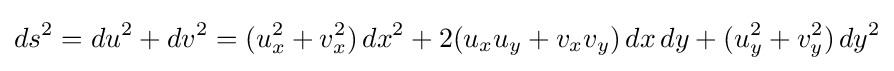
\displaystyle ds^{2}=du^{2}+dv^{2}=(u_{x}^{2}+v_{x}^{2})\,dx^{2}+2(u_{x}u_{y}+v_{x}v_{y})\,dx\,dy+(u_{y}^{2}+v_{y}^{2})\,dy^{2}